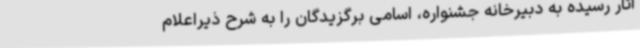
آثار رسیده به دبیرخانه جشنواره، اسامی برگزیدگان را به شرح ذیراعلام